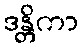
ဒန္တိကာ